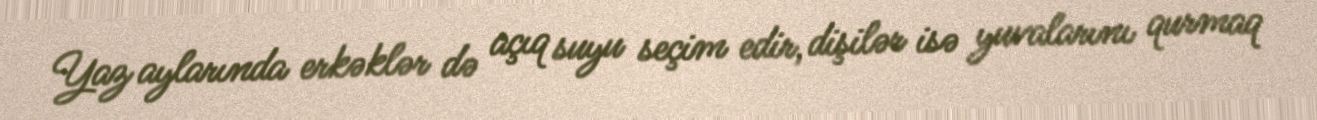
Yaz aylarında erkəklər də açıq suyu seçim edir, dişilər isə yuvalarını qurmaq